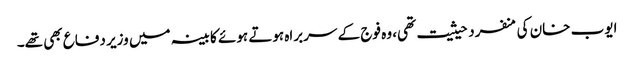
ایوب خان کی منفرد حیثیت تھی، وہ فوج کے سربراہ ہوتے ہوئے کابینہ میں وزیر دفاع بھی تھے۔